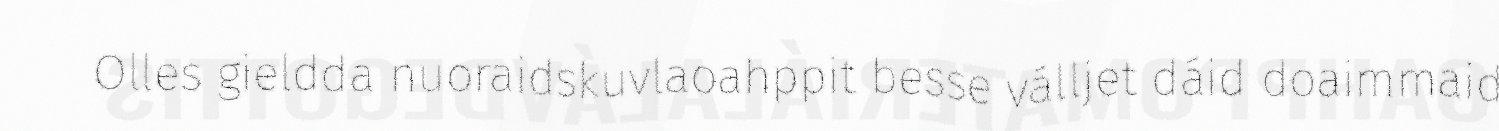
Olles gieldda nuoraidskuvlaoahppit besse válljet dáid doaimmaid